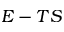
E - T S